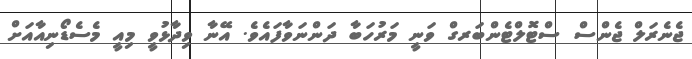
ޖެނެރަލް ޖެންސް ސްޓޮލްޓެންބަރގް ވަނީ މަރުހަބާ ދަންނަވާފައެވެ. އޭނާ ވިދާޅުވީ މިއީ މެސެޑޯނިއާއަށް